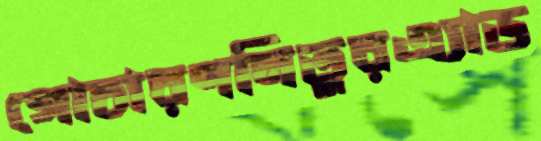
গোচারণনিতুরএ্যাড